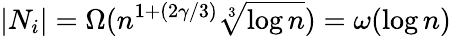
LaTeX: |N_{i}|=\Omega(n^{1+(2\gamma/3)}\sqrt[3]{\log n})=\omega(\log n)